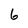
Character: 6